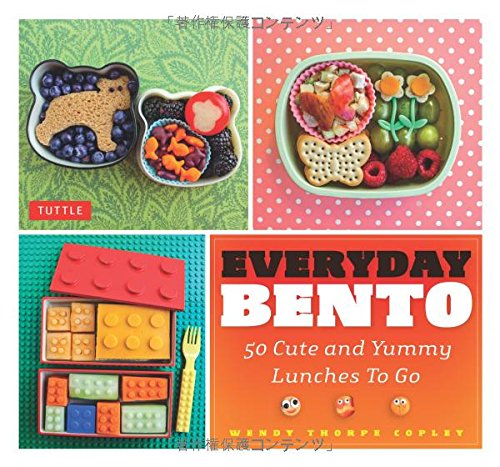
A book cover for Everyday Bento: 50 Cute and Yummy Lunches to Go; Wendy Thorpe Copley; Cookbooks, Food & Wine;